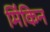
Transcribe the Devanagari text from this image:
मिंकिन